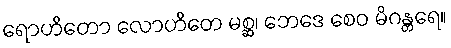
ရောဟိတော လောဟိတေ မစ္ဆ၊ ဘေဒေ စေဝ မိဂန္တရေ။